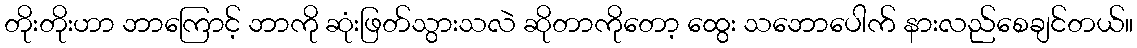
တိုးတိုးဟာ ဘာကြောင့် ဘာကို ဆုံးဖြတ်သွားသလဲ ဆိုတာကိုတော့ ထွေး သဘောပေါက် နားလည်စေချင်တယ်။